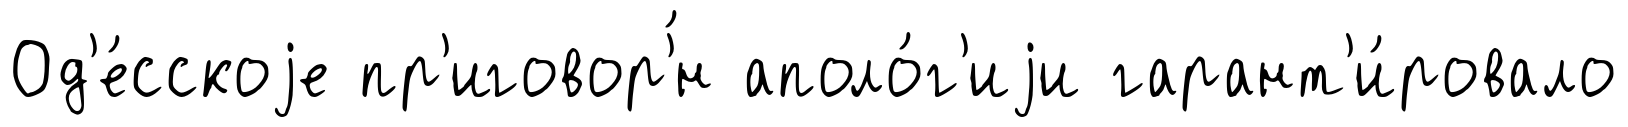
Од'е́сскоjе пр'иговор'́н аполо́г'иjи гарант'и́ровало